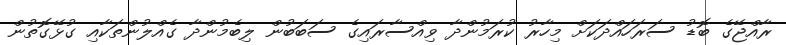
ރާއްޖޭގެ ބޮޑު ސަރަހައްދަކަށް މިހާރު ކުރަމުންދާ ވިއްސާރައިގެ ސަބަބުން ލިބެމުންދާ ގެއްލުންތަކާއި ގުޅޭގޮތުން